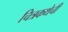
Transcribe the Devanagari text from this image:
चित्रकथेची